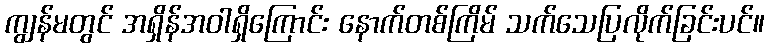
ကျွန်မတွင် အရှိန်အဝါရှိကြောင်း နောက်တစ်ကြိမ် သက်သေပြလိုက်ခြင်းပင်။